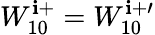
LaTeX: W_{10}^{\mathbf{i}+}=W_{10}^{\mathbf{i}+\prime}